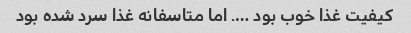
کیفیت غذا خوب بود …. اما متاسفانه غذا سرد شده بود